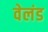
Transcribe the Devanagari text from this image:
वेलंड